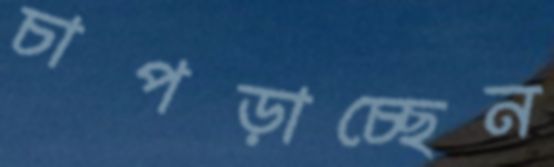
চাপড়াচ্ছেন